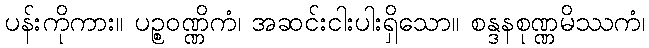
ပန်းကိုကား။ ပဉ္စဝဏ္ဏိကံ၊ အဆင်းငါးပါးရှိသော။ စန္ဒနစုဏ္ဏမိဿကံ၊